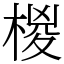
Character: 椶